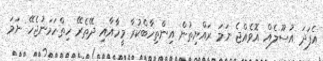
އެފަދަ އުސޫލެއް އޮވެއްޖެ ނަމަ ރައްޔިތުން އިންތިހާބްކުރާ މީހާއާއި ދޭތެރޭ ހިތްހަމަނުޖެހޭ ނަމަ